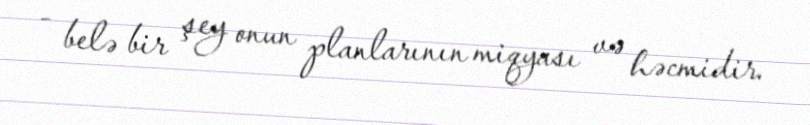
- belə bir şey onun planlarının miqyası və həcmidir.